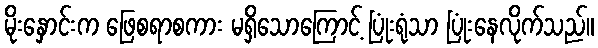
မိုးနှောင်းက ဖြေစရာစကား မရှိသောကြောင့် ပြုံးရုံသာ ပြုံးနေလိုက်သည်။